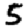
Digit: 5